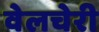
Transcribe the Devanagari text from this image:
वेलचेरी